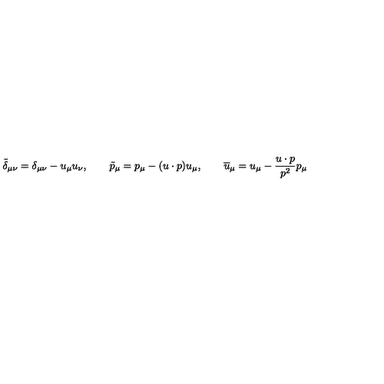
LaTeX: \tilde { \delta } _ { \mu \nu } = \delta _ { \mu \nu } - u _ { \mu } u _ { \nu } , \qquad \tilde { p } _ { \mu } = p _ { \mu } - ( u \cdot p ) u _ { \mu } , \qquad \overline { { u } } _ { \mu } = u _ { \mu } - \frac { u \cdot p } { p ^ { 2 } } p _ { \mu }